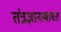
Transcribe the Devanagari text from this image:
तंत्रज्ञानाबाबत